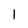
Character: l